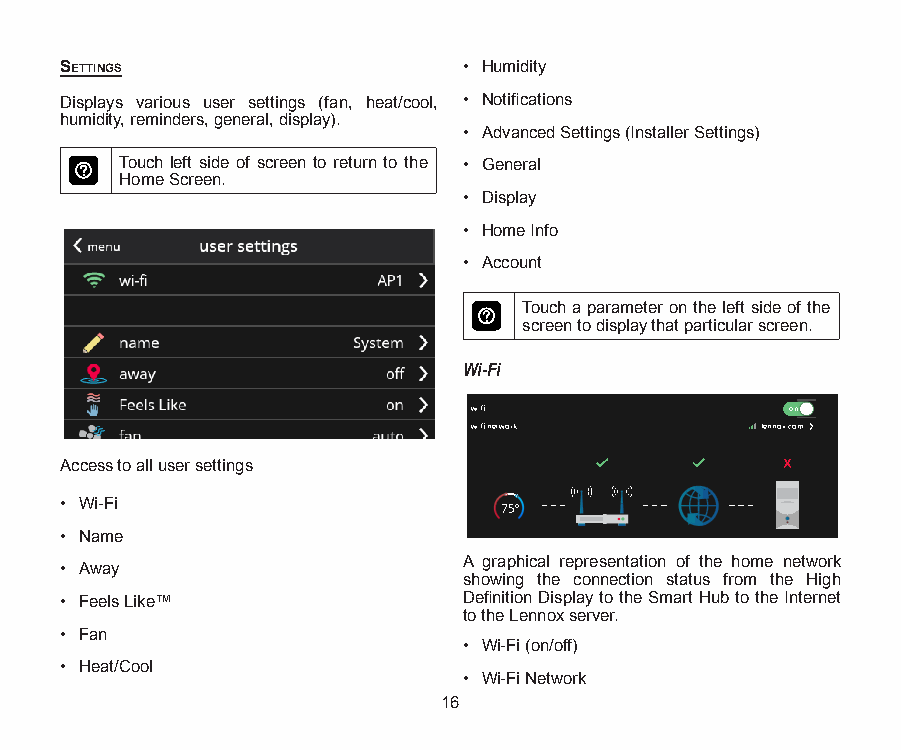
SettingS                   • Humidity
 Displays various user settings (fan, heat/cool, • Notifications
 humidity, reminders, general, display).
 • Advanced Settings (Installer Settings)
 Touch left side of screen to return to the • General
 Home Screen.
 • Display
 • Home Info
 • Account
 Touch a parameter on the left side of the
 screen to display that particular screen.
 Wi-Fi
 wi-fi                on
 wi-fi network      lennox.com
 Access to all user settings
 • Wi-Fi
 • Name
 A graphical representation of the home network
 • Away
 showing the connection status from the High
 • Feels Like™              Definition Display to the Smart Hub to the Internet
 to the Lennox server.
 • Fan
 • Wi-Fi (on/off)
 • Heat/Cool
 • Wi-Fi Network
 16